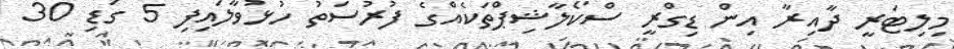
މިލިޓަރީ ދާއިރާ އިން ޑިގްރީ ސްކޯލާޝިޕްތަކެއްގެ ފުރުސަތު ހުޅުވާލައިފި 5 ގަޑި 30